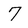
Character: 7